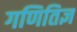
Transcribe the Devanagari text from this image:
गणितिज्ञ